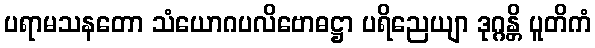
ပရာမသနတော သံယောဂပလိဗောဓဋ္ဌာ ပရိညေယျာ ဒုဂ္ဂန္တိ ပူတိကံ